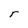
Character: r